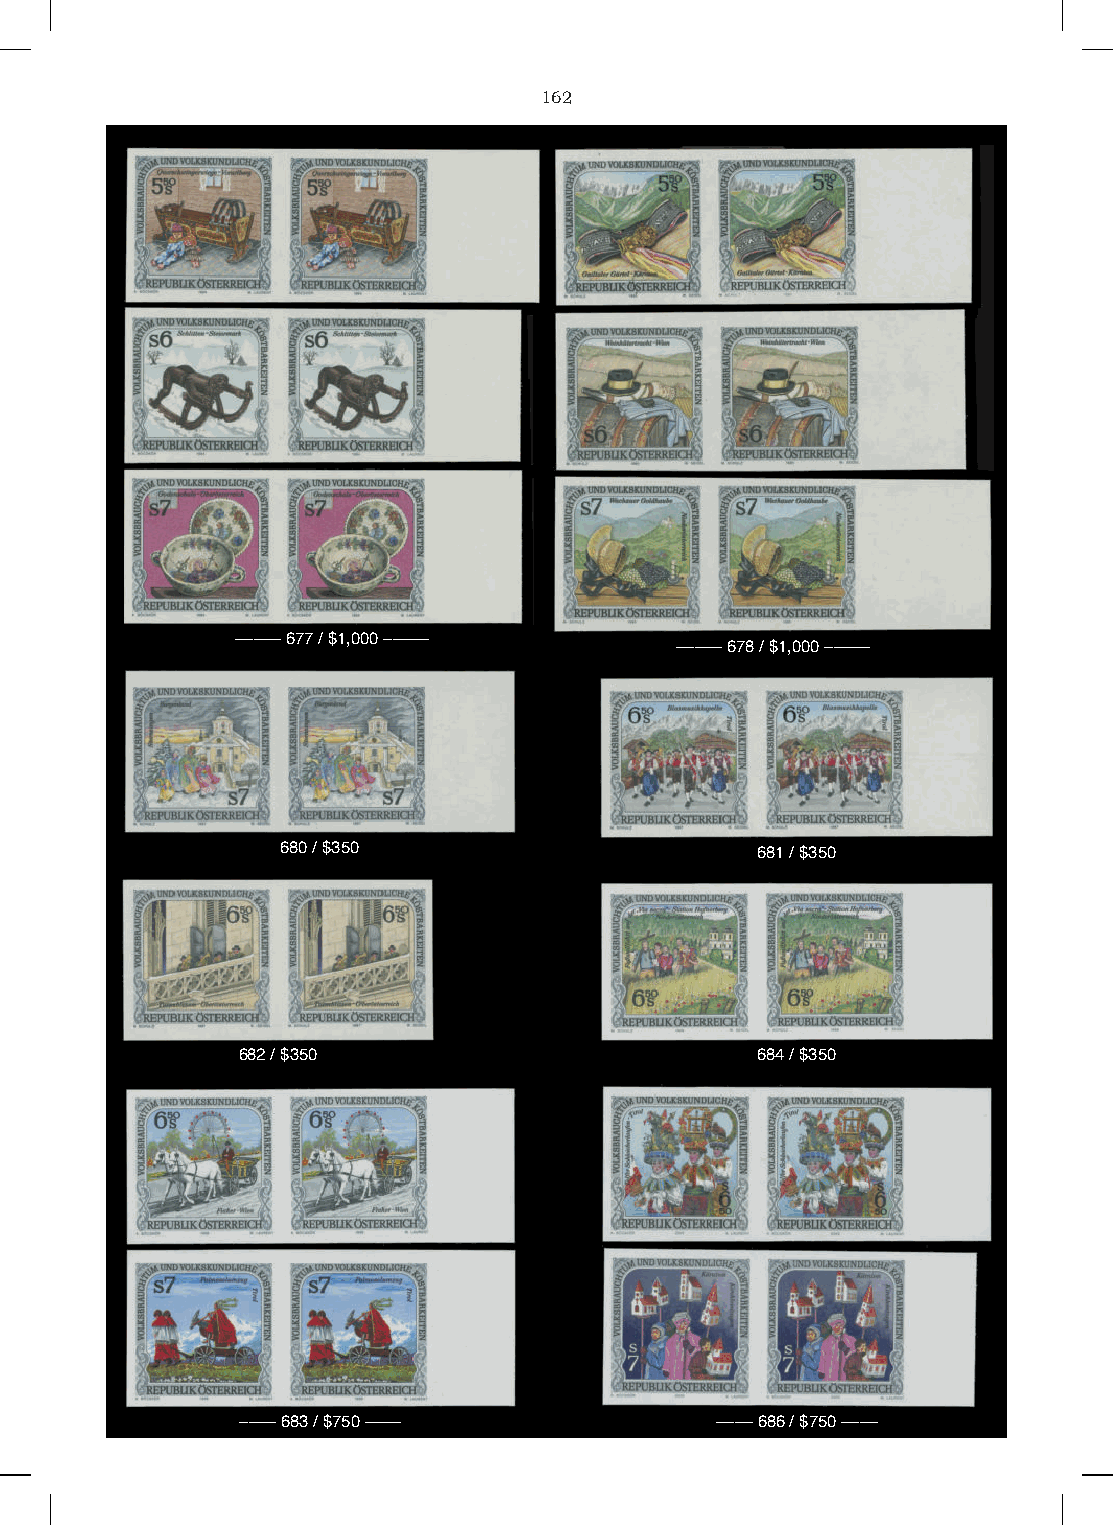
162
 ––––– 677 / $1,000 –––––
 ––––– 678 / $1,000 –––––
 680 / $350                     681 / $350
 682 / $350                        684 / $350
 –––– 683 / $750 ––––           –––– 686 / $750 ––––